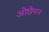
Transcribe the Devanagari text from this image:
ओछेपन